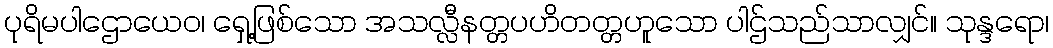
ပုရိမပါဌောယေဝ၊ ရှေ့ဖြစ်သော အသလ္လီနတ္တပဟိတတ္တဟူသော ပါဌ်သည်သာလျှင်။ သုန္ဒရော၊